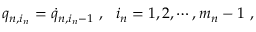
q _ { n , i _ { n } } = \dot { q } _ { n , i _ { n } - 1 } \ , \ \ i _ { n } = 1 , 2 , \cdots , m _ { n } - 1 \ ,